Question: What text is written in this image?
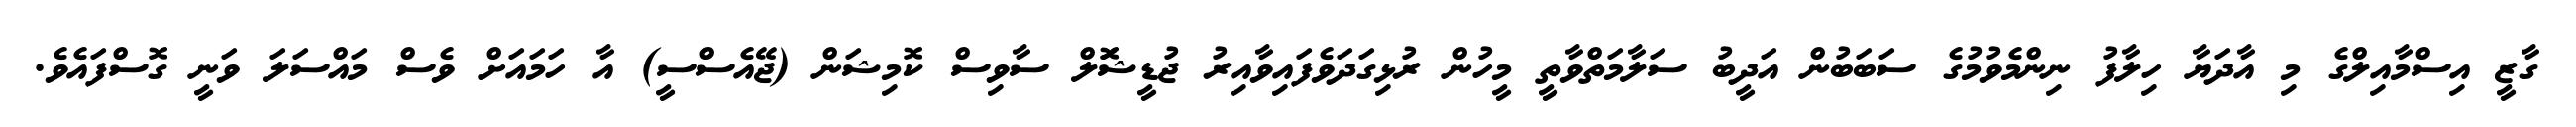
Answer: ގާޒީ އިސްމާއިލްގެ މި އާދަޔާ ހިލާފު ނިންމެވުމުގެ ސަބަބުން އަދީބު ސަލާމަތްވާތީ މީހުން ރުޅިގަދަވެފައިވާއިރު ޖުޑީޝަޮލް ސާވިސް ކޮމިޝަން (ޖޭއެސްސީ) އާ ހަމައަށް ވެސް މައްސަލަ ވަނީ ގޮސްފައެވެ.